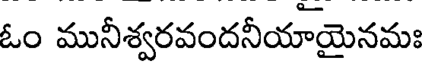
ఓం మునీశ్వరవందనీయాయైనమః